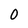
Character: 0